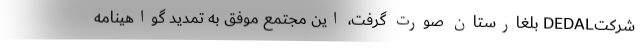
شركتDEDAL بلغارستان صورت گرفت، اين مجتمع موفق به تمديد گواهینامه